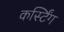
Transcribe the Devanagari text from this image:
कर्स्टिंग